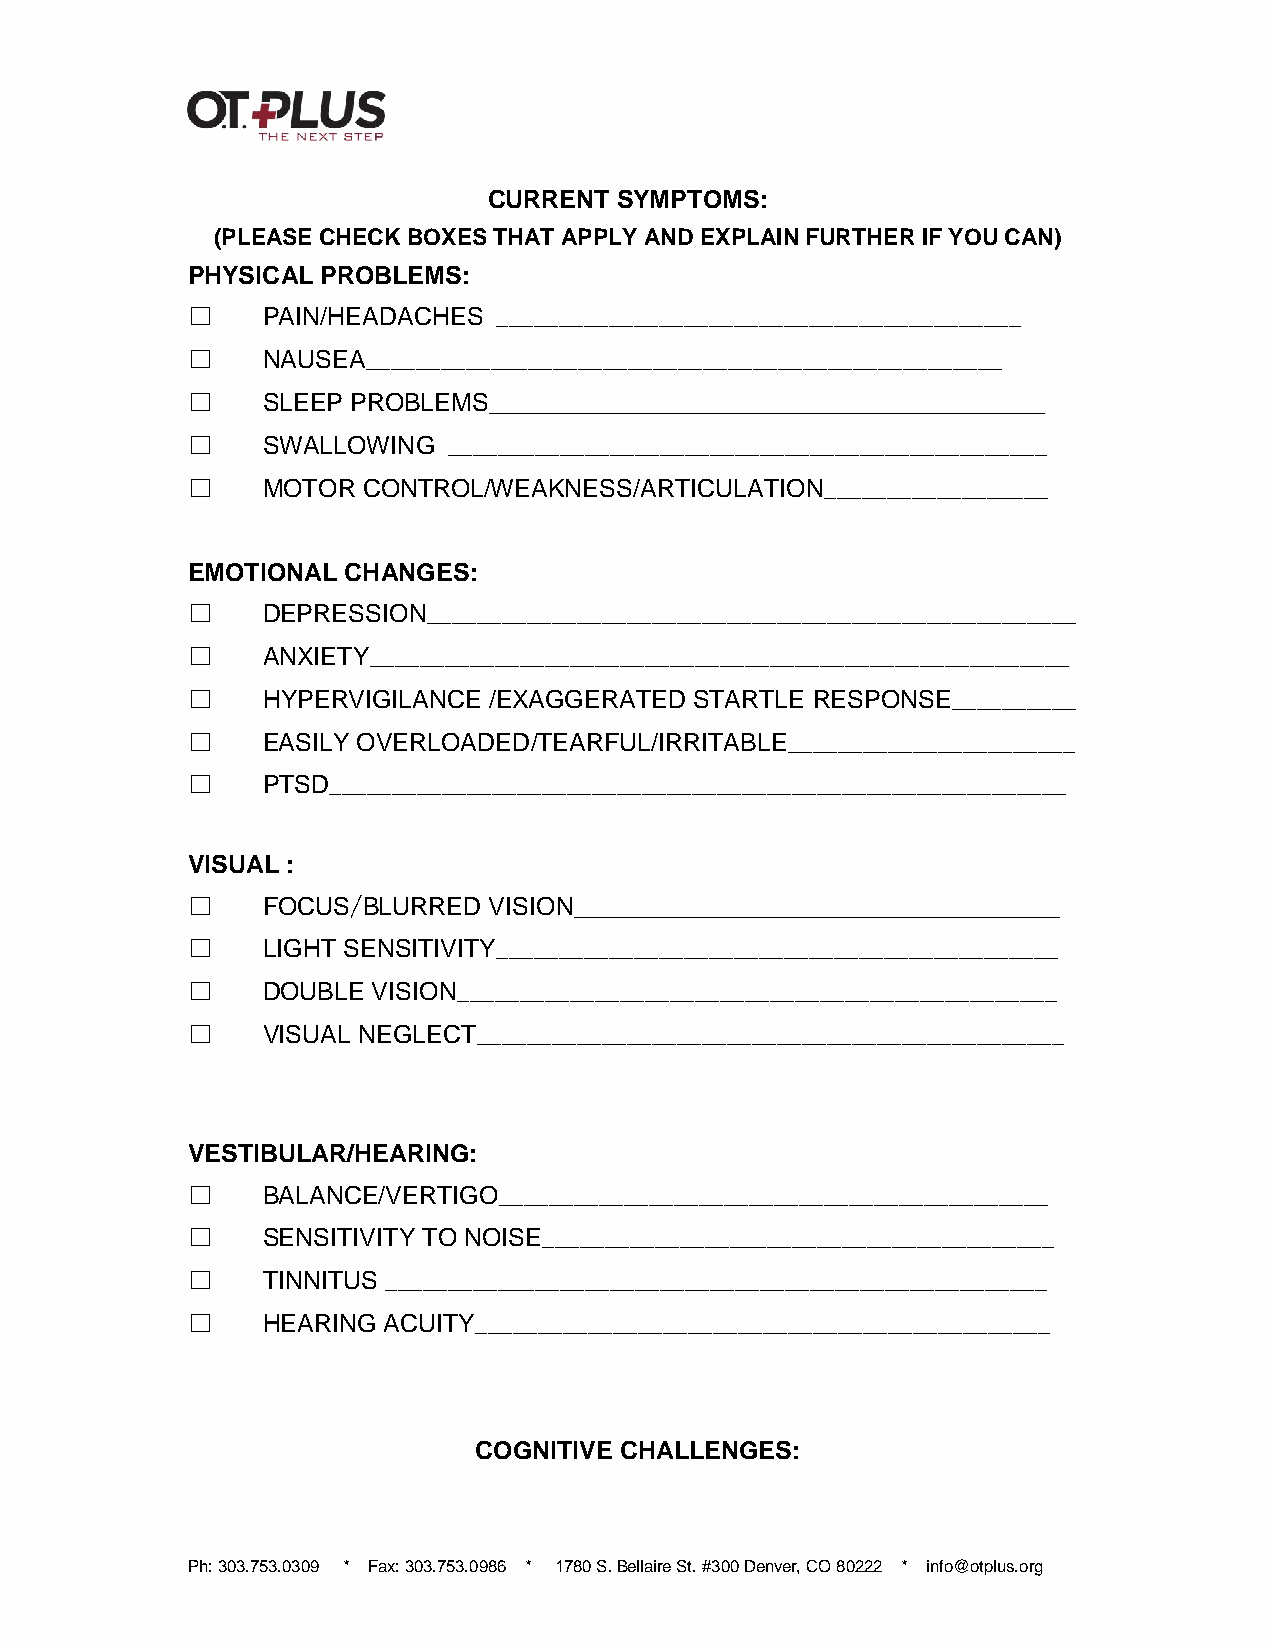
CURRENT  SYMPTOMS:
 (PLEASE CHECK BOXES THAT APPLY AND EXPLAIN FURTHER IF YOU CAN)
 PHYSICAL PROBLEMS:
 ☐    PAIN/HEADACHES  __________________________________________
 ☐    NAUSEA___________________________________________________
 ☐    SLEEP PROBLEMS________________________________________
 ☐    SWALLOWING   ________________________________________________
 ☐    MOTOR  CONTROL/WEAKNESS/ARTICULATION__________________
 EMOTIONAL  CHANGES:
 ☐    DEPRESSION____________________________________________________
 ☐    ANXIETY________________________________________________________
 ☐    HYPERVIGILANCE /EXAGGERATED  STARTLE RESPONSE__________
 ☐    EASILY OVERLOADED/TEARFUL/IRRITABLE_______________________
 ☐    PTSD___________________________________________________________
 VISUAL :
 ☐    FOCUS/BLURRED  VISION___________________________________
 ☐    LIGHT SENSITIVITY_____________________________________________
 ☐    DOUBLE  VISION________________________________________________
 ☐    VISUAL NEGLECT_______________________________________________
 VESTIBULAR/HEARING:
 ☐    BALANCE/VERTIGO____________________________________________
 ☐    SENSITIVITY TO NOISE_________________________________________
 ☐    TINNITUS _____________________________________________________
 ☐    HEARING ACUITY______________________________________________
 COGNITIVE CHALLENGES:
 Ph: 303.753.0309 * Fax: 303.753.0986 * 1780 S. Bellaire St. #300 Denver, CO 80222 * info@otplus.org